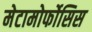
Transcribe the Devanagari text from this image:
मेटामोर्फोसिस